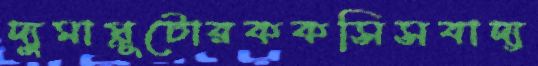
দ্যুমাপ্লুটোরককসিসবাদ্য